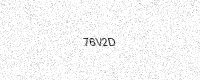
Text: 76V2D